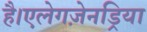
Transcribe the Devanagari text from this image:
है।एलेगज़ेनड्रिया